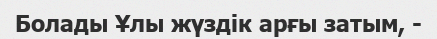
Болады Ұлы жүздік арғы затым, -